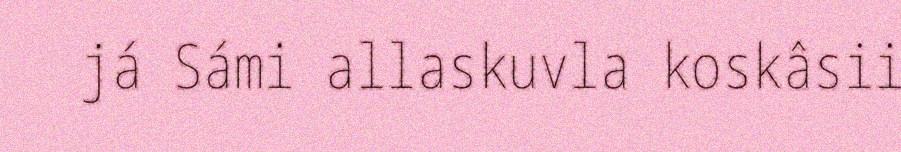
já Sámi allaskuvla koskâsii